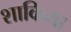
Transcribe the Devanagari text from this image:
शाकिया